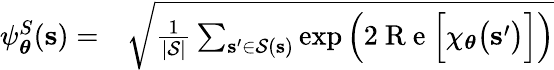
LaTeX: \begin{array}{rl}{\psi_{\boldsymbol\theta}^{S}(\mathbf{s})=}&{{}\sqrt{\frac{1}{|\mathcal{S}|}\sum_{\mathbf{s^{\prime}}\in\mathcal{S}(\mathbf{s})}\exp\Big(2\mathrm{~R~e~}\Big[\chi_{\boldsymbol\theta}\big(\mathbf{s^{\prime}}\big)\Big]\Big)}}\end{array}